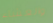
والعشاء